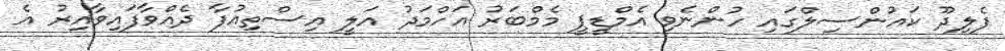
ފެލިދޫ ކައުންސިލްގައި ހުންނެވި އެމްޑީޕީ މެމްބަރު އަހްމަދު އަލީ އިސްތިއުފާ ދެއްވާފައިވާއިރު އެ